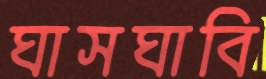
ঘাসঘাবি